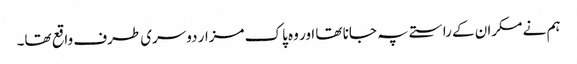
ہم نے مکران کے راستے پہ جانا تھا اور وہ پاک مزار دوسری طرف واقع تھا۔